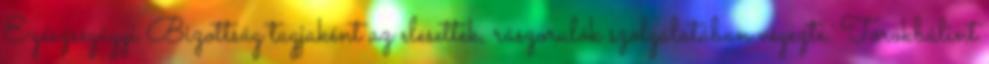
Egészségügyi Bizottság tagjaként az elesettek, rászorulók szolgálatában végezte. Törökbálint